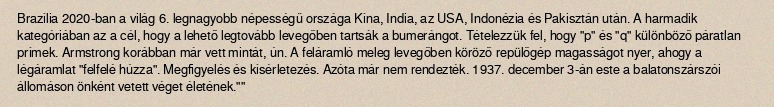
Brazília 2020-ban a világ 6. legnagyobb népességű országa Kína, India, az USA, Indonézia és Pakisztán után. A harmadik kategóriában az a cél, hogy a lehető legtovább levegőben tartsák a bumerángot. Tételezzük fel, hogy "p" és "q" különböző páratlan prímek. Armstrong korábban már vett mintát, ún. A feláramló meleg levegőben köröző repülőgép magasságot nyer, ahogy a légáramlat "felfelé húzza". Megfigyelés és kísérletezés. Azóta már nem rendezték. 1937. december 3-án este a balatonszárszói állomáson önként vetett véget életének.""